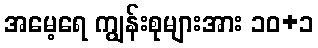
အမေ့ရေ ကျွန်းစုများအား ၁၀+၁